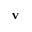
\mathbf { v }